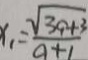
x _ { 1 } = \frac { \sqrt { 3 a + 3 } } { a + 1 }